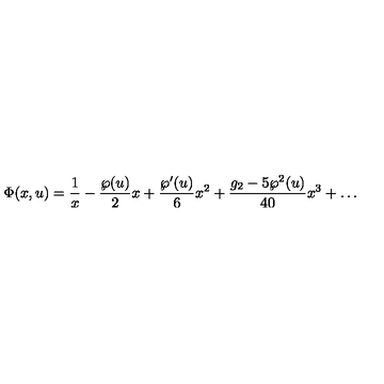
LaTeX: \Phi ( x , u ) = { \frac { 1 } { x } } - { \frac { \wp ( u ) } { 2 } } x + { \frac { \wp ^ { \prime } ( u ) } { 6 } } x ^ { 2 } + { \frac { g _ { 2 } - 5 \wp ^ { 2 } ( u ) } { 4 0 } } x ^ { 3 } + \ldots